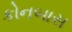
કોનબાસ